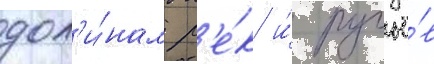
дол'и́нам р'е́к и́ ручьё́в